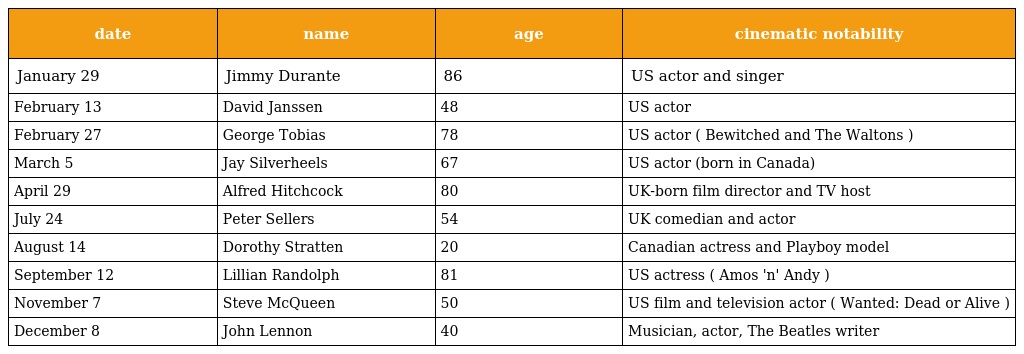
| date | name | age | cinematic notability |
 | --- | --- | --- | --- |
 | January 29 | Jimmy Durante | 86 | US actor and singer |
 | February 13 | David Janssen | 48 | US actor |
 | February 27 | George Tobias | 78 | US actor ( Bewitched and The Waltons ) |
 | March 5 | Jay Silverheels | 67 | US actor (born in Canada) |
 | April 29 | Alfred Hitchcock | 80 | UK-born film director and TV host |
 | July 24 | Peter Sellers | 54 | UK comedian and actor |
 | August 14 | Dorothy Stratten | 20 | Canadian actress and Playboy model |
 | September 12 | Lillian Randolph | 81 | US actress ( Amos 'n' Andy ) |
 | November 7 | Steve McQueen | 50 | US film and television actor ( Wanted: Dead or Alive ) |
 | December 8 | John Lennon | 40 | Musician, actor, The Beatles writer |